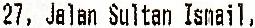
27, JALAN SULTAN ISMAIL,